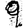
Digit: 9